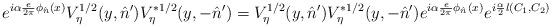
\begin{align*}e^{i\alpha\frac{e}{2\pi}\phi_{\hat n}(x)}V^{1/2}_{\eta}(y,\hat n')V^{*1/2}_{\eta}(y,-\hat n')=V^{1/2}_{\eta}(y,\hat n')V^{*1/2}_{\eta}(y,-\hat n')e^{i\alpha\frac{e}{2\pi}\phi_{\hat n}(x)}e^{i\frac{\alpha}{2}l(C_1,C_2)}\end{align*}